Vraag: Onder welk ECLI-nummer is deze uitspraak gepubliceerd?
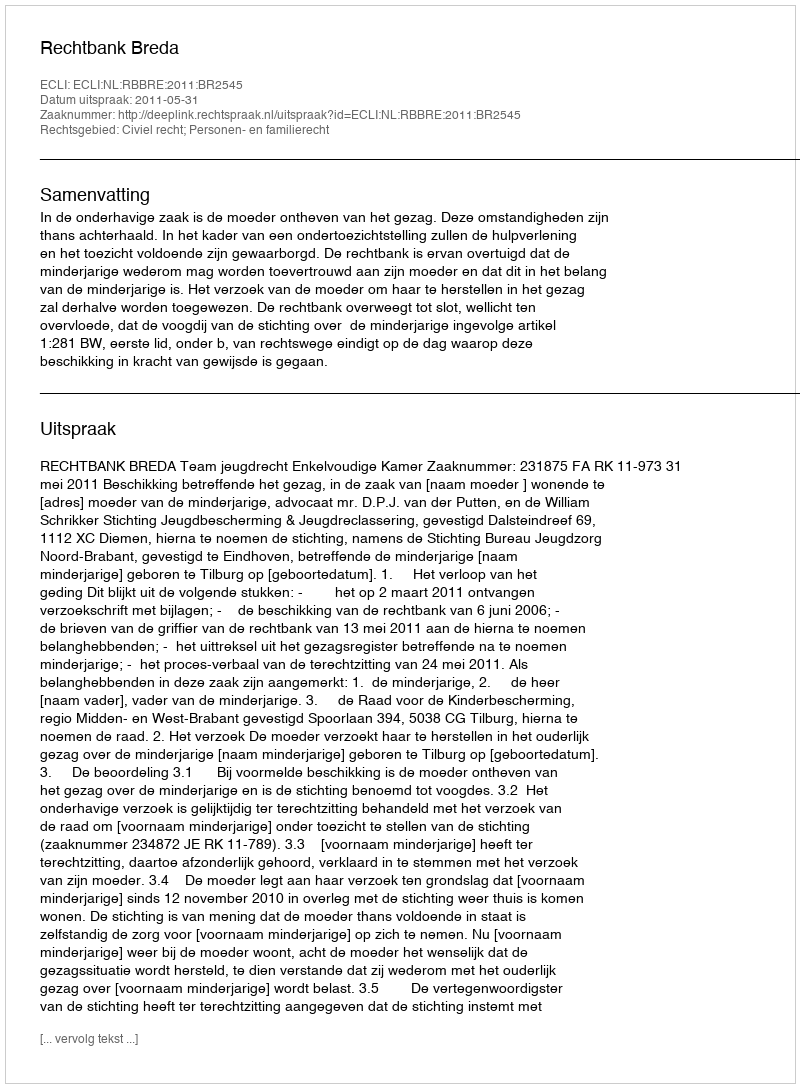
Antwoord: ECLI:NL:RBBRE:2011:BR2545